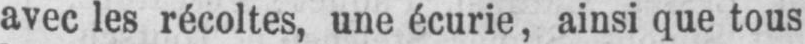
avec les récoltes, une écurie, ainsi que tous